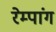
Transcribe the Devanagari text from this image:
रेम्पांग